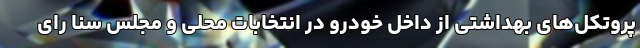
پروتکل‌های بهداشتی از داخل خودرو در انتخابات محلی و مجلس سنا رای